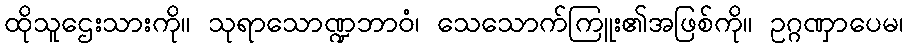
ထိုသူဌေးသားကို။ သုရာသောဏ္ဍဘာဝံ၊ သေသောက်ကြူး၏အဖြစ်ကို။ ဥဂ္ဂဏှာပေမ၊